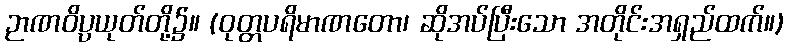
ဉာဏဝိပ္ပယုတ်တို့၌။ (ဝုတ္တပရိမာဏတော၊ ဆိုအပ်ပြီးသော အတိုင်းအရှည်ထက်။)